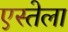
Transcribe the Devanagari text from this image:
एस्तेला